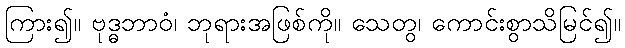
ကြား၍။ ဗုဒ္ဓဘာဝံ၊ ဘုရားအဖြစ်ကို။ သေတွ၊ ကောင်းစွာသိမြင်၍။